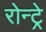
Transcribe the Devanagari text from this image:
रोन्ट्रे